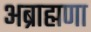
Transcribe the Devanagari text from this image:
अब्राह्मणा